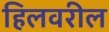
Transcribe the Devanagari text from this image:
हिलवरील